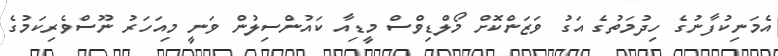
އެމަނިކުފާނުގެ ހިދުމަތުގެ އަގު ވަޒަންކޮށް މޯލްޑިވްސް މީޑިއާ ކައުންސިލުން ވަނީ މިއަހަރު ނޫސްވެރިކަމުގެ